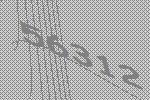
56312